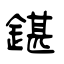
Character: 鍖